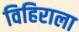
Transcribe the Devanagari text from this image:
विहिराला